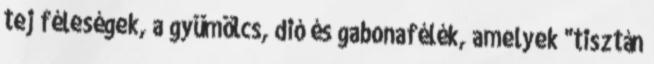
tej féleségek, a gyümölcs, dió és gabonafélék, amelyek "tisztán